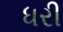
ધરી